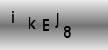
Text: ikEJ8